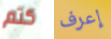
كتم إعرف